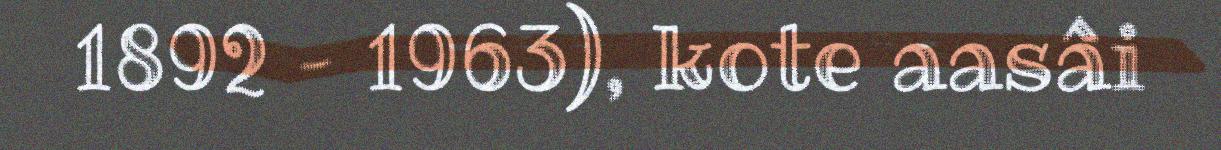
1892 – 1963), kote aasâi